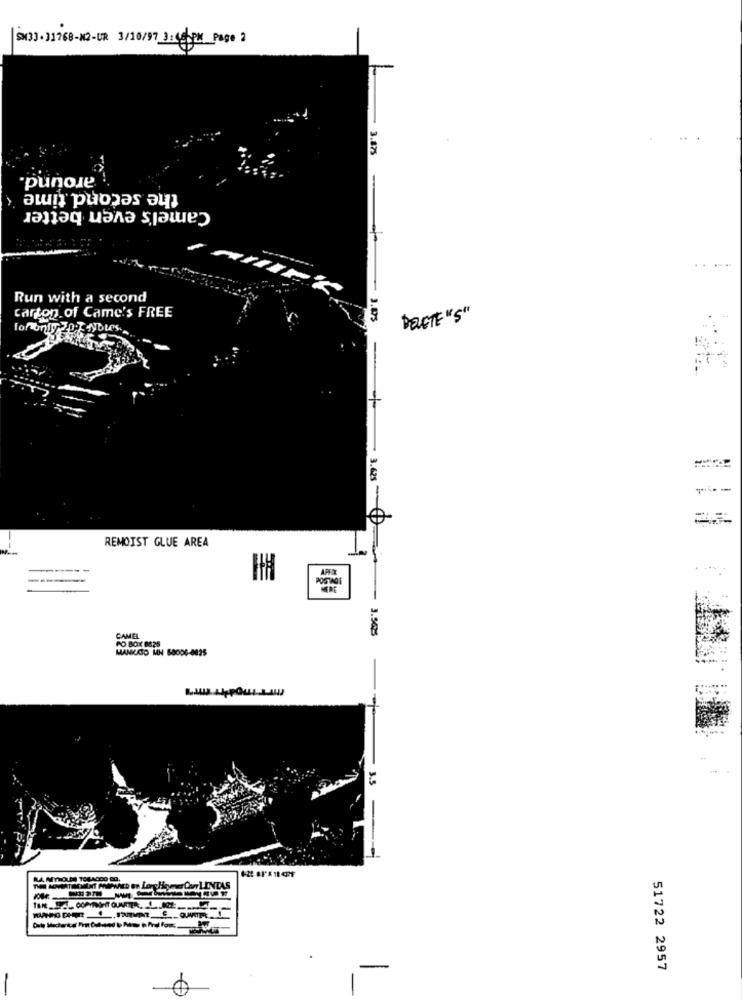
SX33. 31968-K2-UR 3/10/97 3: 45 PM Page 2
around.
the second time
Camel's even better
Run with a second
S MILIEK
carton of Came's FREE
DELETE ""
foronly Z0
-
---
3.625 0
REMOIST GLUE AREA
PO BOX 8825
CAMEL
MANKATO MH 6800G-8025
3.5
51722 2957